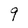
Character: q